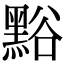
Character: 𪑌